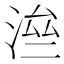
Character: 㴉